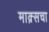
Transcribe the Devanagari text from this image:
माक्र्सचा